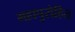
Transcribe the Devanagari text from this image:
महापुरोहित